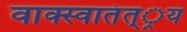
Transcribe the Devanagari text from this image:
वाक्स्वातंत््रय